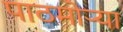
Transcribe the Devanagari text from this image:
पाठमोऱ्या